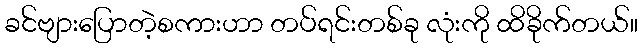
ခင်ဗျားပြောတဲ့စကားဟာ တပ်ရင်းတစ်ခု လုံးကို ထိခိုက်တယ်။